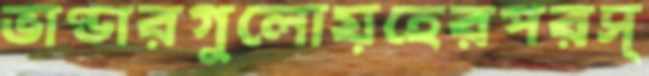
ভাণ্ডারগুলোয়হেরপরস্